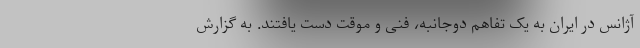
آژانس در ایران به یک تفاهم دوجانبه، فنی و موقت دست یافتند. به گزارش